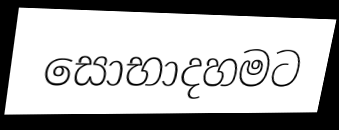
සොභාදහමට